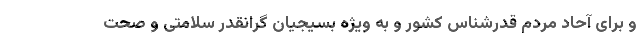
و برای آحاد مردم قدرشناس کشور و به ویژه بسیجیان گرانقدر سلامتی و صحت